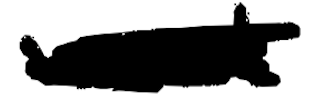
Text: work
Cross-out: scratch
Writing tool: digital_black